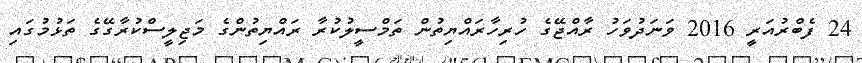
24 ފެބްރުއަރީ 2016 ވަނަދުވަހު ރާއްޖޭގެ ހުރިހާރައްޔިތުން ތަމްސީލުކުރާ ރައްޔިތުންގެ މަޖިލީސްކުރާގޭގެ ތަޅުމުގައި